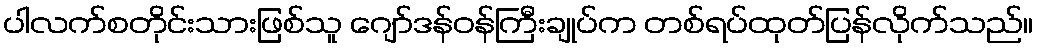
ပါလက်စတိုင်းသားဖြစ်သူ ဂျော်ဒန်ဝန်ကြီးချုပ်က တစ်ရပ်ထုတ်ပြန်လိုက်သည်။